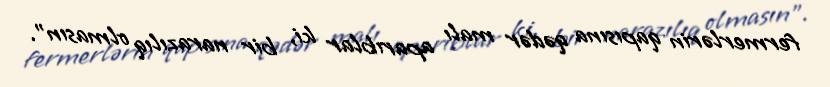
fermerlərin qapısına qədər malı aparıblar ki, bir narazılıq olmasın”.